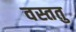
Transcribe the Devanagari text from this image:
वस्ततु